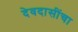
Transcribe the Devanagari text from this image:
देवदासींचा